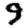
Digit: 9